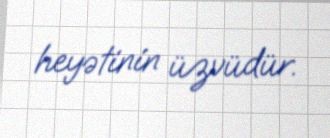
heyətinin üzvüdür.